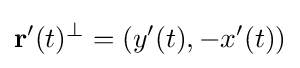
\mathbf {r} '(t)^{\perp }=(y'(t),-x'(t))